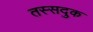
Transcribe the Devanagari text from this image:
तस्सदुक